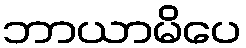
ဘာယာမိပေ